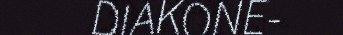
DIAKONE-